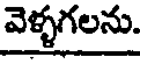
వెళ్ళగలను.